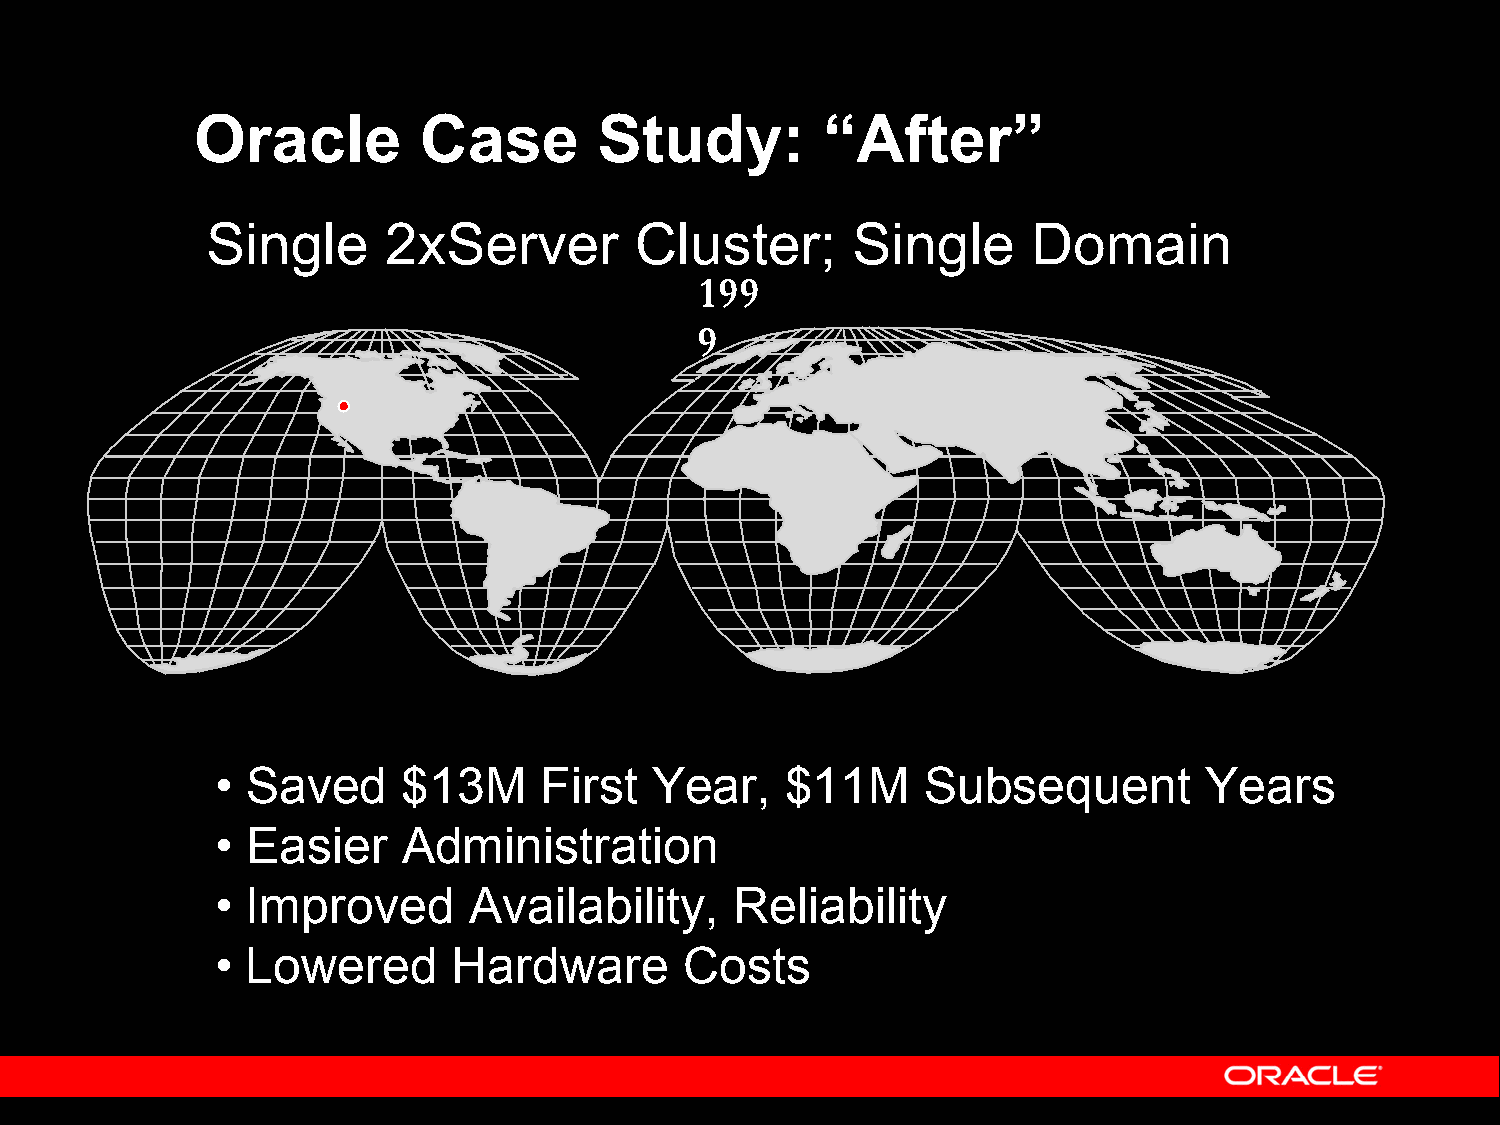
Oracle         Case        Study:        “After”
 Single     2xServer         Cluster;      Single      Domain
 199
 9
 • Saved      $13M     First  Year,    $11M     Subsequent         Years
 • Easier     Administration
 • Improved       Availability,     Reliability
 • Lowered       Hardware       Costs